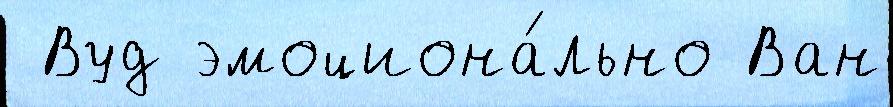
 Вуд эмоциона́льно Ван